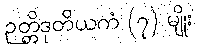
ဉတ္တိဒုတိယကံ (၇) မျိုး